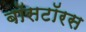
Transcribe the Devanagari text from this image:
बॉसटॉरस